Insane asylums in Bengal annual reports 1867-1875 - 1867-1875
Year: 1867
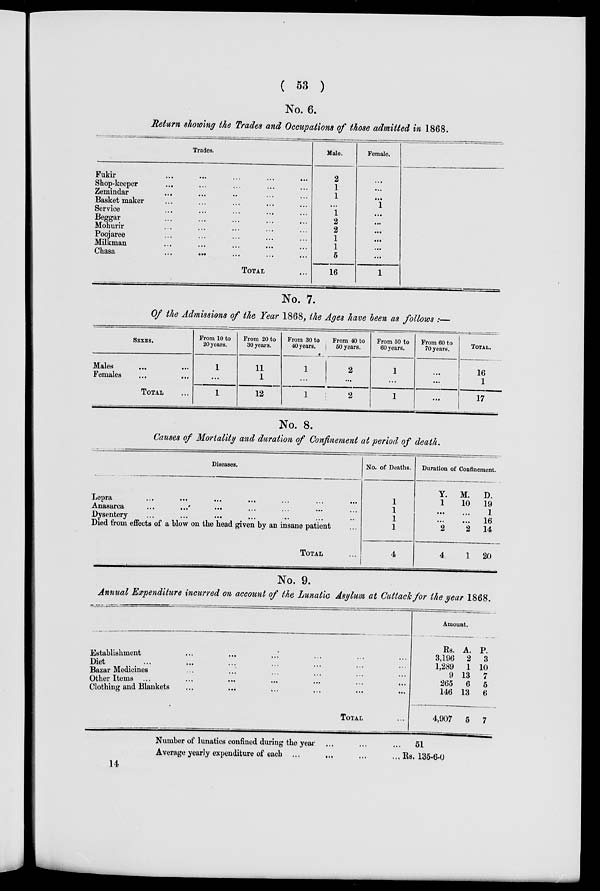
( 53 )
No. 6.
Return showing the Trades and Occupations of those admitted in 1868.
Trades.
Fukir ... ... ... ... ...
Shop-keeper ... ... ... ... ...
Zemindar ... ... ... ... ...
Basket maker ... ... ... ... ...
Service ... ... ... ... ...
Beggar ... ... ... ... ...
Mohurir ... ... ... ... ...
Poojaree ... ... ... ... ...
Milkman ... ... ... ... ...
Chasa ... ... ... ... ...
TOTAL ...
Male.
2
1
1
...
1
2
2
1
1
5
16
Female.
...
...
...
1
...
...
...
...
...
...
1
No. 7.
Of the Admissions of the Year 1868, the Ages have been as follows :—
SEXES.
Males
... ...
Females ... ...
TOTAL ...
From 10 to
20 years.
1
...
1
From 20 to
30 years.
11
1
12
From 30 to
40 years.
1
...
1
From 40 to
50 years.
2
...
2
From 50 to
60 years.
1
...
1
From 60 to
70 years.
...
...
...
TOTAL.
16
1
17
No. 8.
Causes of Mortality and duration of Confinement at period of death.
Diseases.
Lepra
...
...
...
...
...
...
...
Anasarca
...
... ... ... ... ... ...
Dysentery ... ... ... ... ... ... ...
Died from effects of a blow on the head given by an insane patient ...
TOTAL ...
No. of Deaths.
1
1
1
1
4
Duration of Confinement.
Y.
1
...
...
2
4
M.
10
...
...
2
1
D.
19
1
16
14
20
No. 9.
Annual Expenditure incurred on account of the Lunatic Asylum at Cuttack for the year 1868.
Establishment ... ... ... ... ... ...
Diet ... ... ... ... ... ...
Bazar Medicines ... ... ... ... ... ...
Other Items ... ... ... ... ... ...
Clothing and Blankets ... ... ... ... ... ...
TOTAL ...
Amount.
Rs.
3,196
1,289
9
265
146
4,907
A.
2
1
13
6
13
5
P.
3
10
7
5
6
7
Number of lunatics confined during the year ... ... ...
Average yearly expenditure of each ...
... ... ...
51
Rs. 135-6-0
14